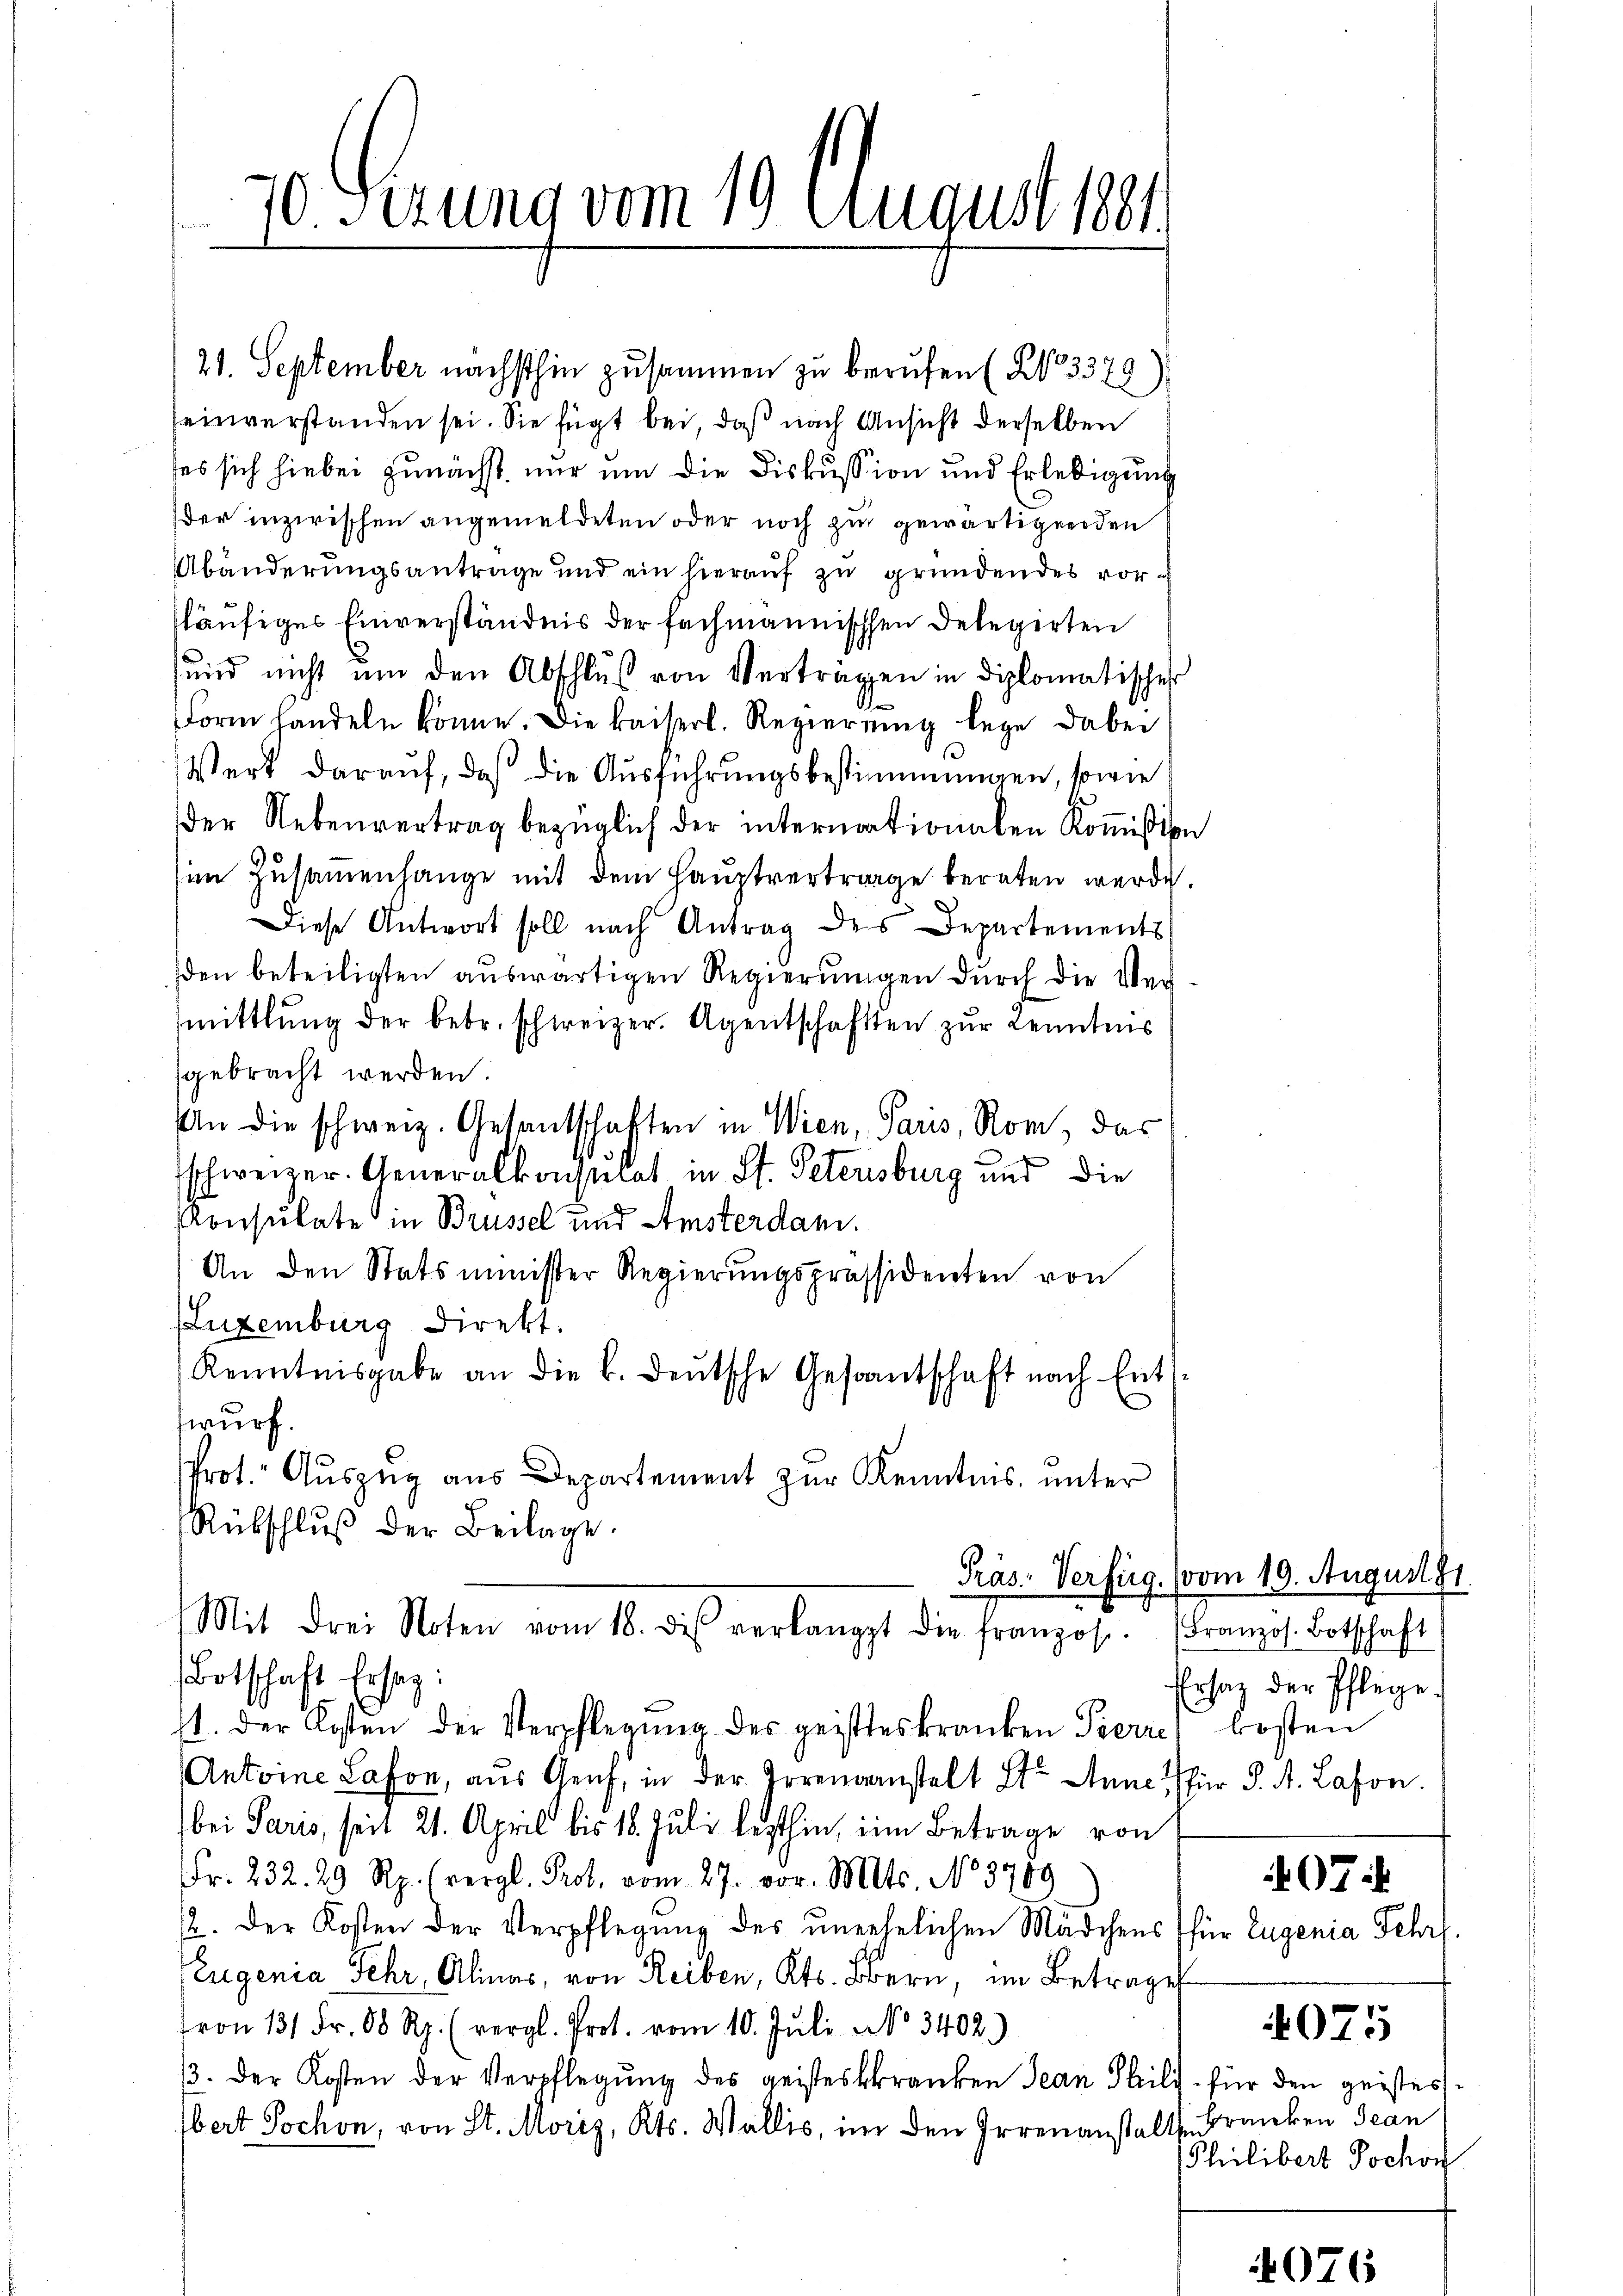
21. September nächsthin zusammen zu berufen (§ 3379
einverstanden sei. Sie fügt bei, daß nach Ansicht derselben
ses sich hiebei zunächst nur um die Diskussion und Erledigung
der inzwischen angemeldeten oder noch zu gewärtigenden
Abänderungsantrage und ein hierauf zu gründendes vorsläufiges Einverständnis der fachmannischen Delegirten
ŭnd nicht ŭm den Abschlŭβ von Verträgen in diplomatisches
Form handeln könne. Die kaiserl. Regierŭng lege dabei
Werk darauf, daß die Ausführungsbestimmungen, sowie
der Nebenvertrag bezüglich der internationalen Kommißion
im Zusammenhange mit dem Hauptvertrage beraten werde.
Diese Antwort soll nach Antrag des Departements
βen beteiligten aŭswärtigen Regierŭngen dŭrch die Ver-
mittlung der bebr. schweizer. Agentschaften zur Kenntnis
gebracht werden.
An die schweiz. Gesandschaften in Wien, Paris, Rom, das
schweizer. Generalkommat in St. Petersburg und die
Konsulate in Brüssel und Amsterdam.
An den Statsminister Regierŭngspräsidenten von
Luxenburg direkt.
Kenntnisgabe an die k. deŭtsche Gesantschaft nach Ents
swurf.
Prot. Auszug aus Departement zur Kenntnis unter
Rübschlŭβ der Beilage.

70. Gezung vom 19. August 1881.

Mit drei Noten vom 18. des verlangt die franzose
Botschaft Ersatz:

Präs. Verfüg. (vom 19. August 1
Französ. Botschaft
Ersatz der Pflege.
07

st. Der Kosten der Verpflegŭng des geisteskranken Pierre kosten
Antoine Lason, aus Genf, in der Irrenanstalt St. Anne für P. A. Lason.
bei Paris, seit 21. April bis 18. Juli lezthin, im Betrage von
Fr. 232. 29 Rp. (vergl. Prob. vom 27. vor. Mts. No 3709
2. Der Kosten der Verpflegung des unehelichen Mädchens (für Eugenia Fehrf
Eugenia Fehr, Alinas, von Reiben, Kts. Bern, im Betrages
von 131 Fr. 80 Rp. (vergl. Prot. vom 10. Jŭli No 3402)
33. Der Kosten der Verpflegung des geisteskranken Jean Philis für den geistesbert Jochon, von St. Moriz, Kts. Wallis, im den Irrenanstalten Franken Jean

4075

Philibert Jochon

)